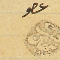
عضو حبيب نبهان ١٨٨٠